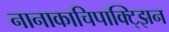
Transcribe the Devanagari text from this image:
नानाकाचिपाक्ट्झिन